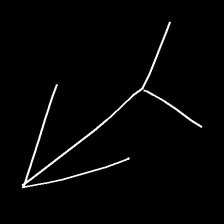
Glyph: gather